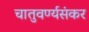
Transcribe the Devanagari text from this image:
चातुवर्ण्यसंकर